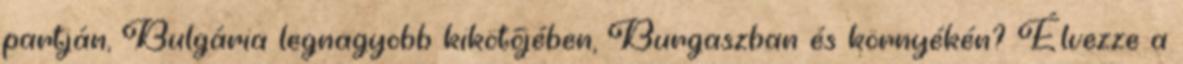
partján, Bulgária legnagyobb kikötőjében, Burgaszban és környékén? Élvezze a